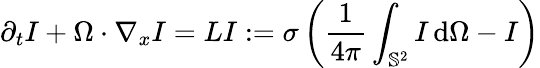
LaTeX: \partial_{t}I+\Omega\cdot\nabla_{x}I=LI:=\sigma\left(\frac{1}{4\pi}\int_{\mathbb{S}^{2}}I\, \mathrm{d}\Omega-I\right)